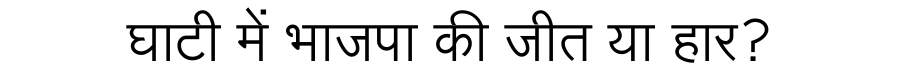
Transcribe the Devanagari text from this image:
घाटी में भाजपा की जीत या हार?